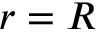
r = R